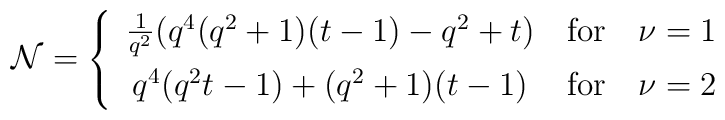
{\cal N} = \left\{ \begin{array}{c@{\quad \mbox{for} \quad}l}               \frac{1}{q^2} (q^4(q^2+1)(t-1)-q^2+t) & \nu=1 \\[1ex]               q^4(q^2t-1)+(q^2+1)(t-1) & \nu=2 \end{array} \right.